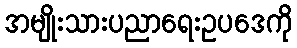
အမျိုးသားပညာရေးဥပဒေကို